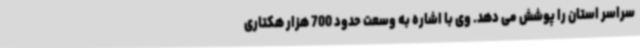
سراسر استان را پوشش می دهد. وی با اشاره به وسعت حدود 700 هزار هکتاری